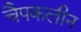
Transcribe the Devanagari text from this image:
चैपकलीन